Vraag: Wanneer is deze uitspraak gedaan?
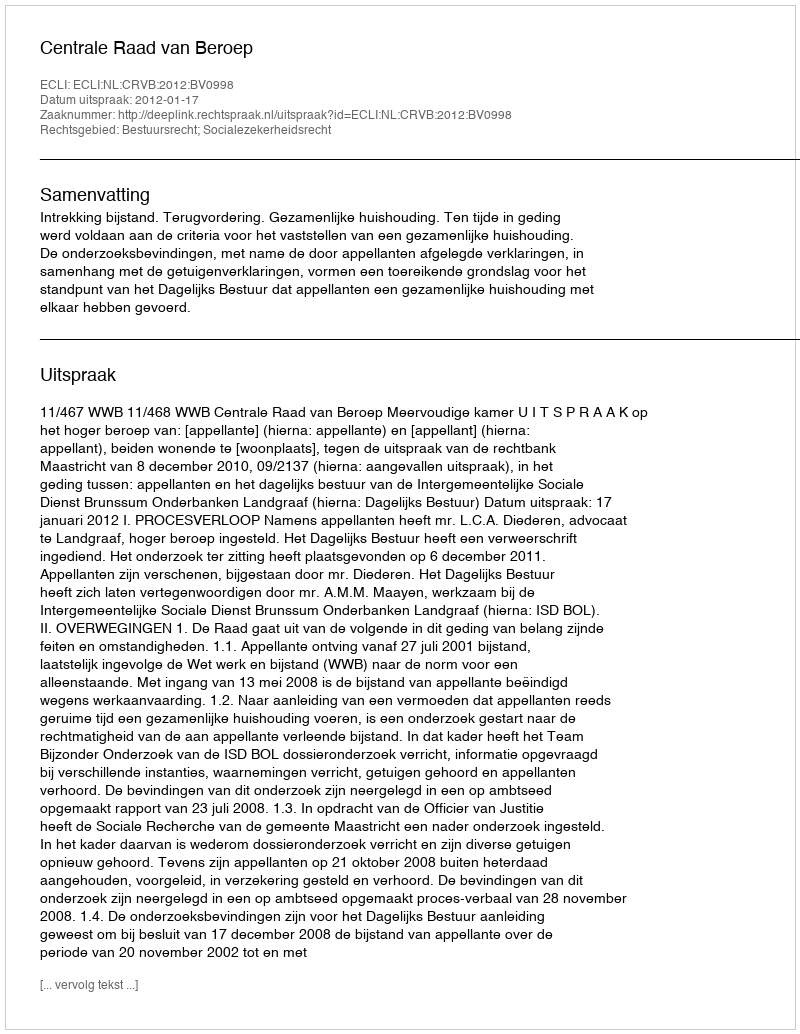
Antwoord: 2012-01-17